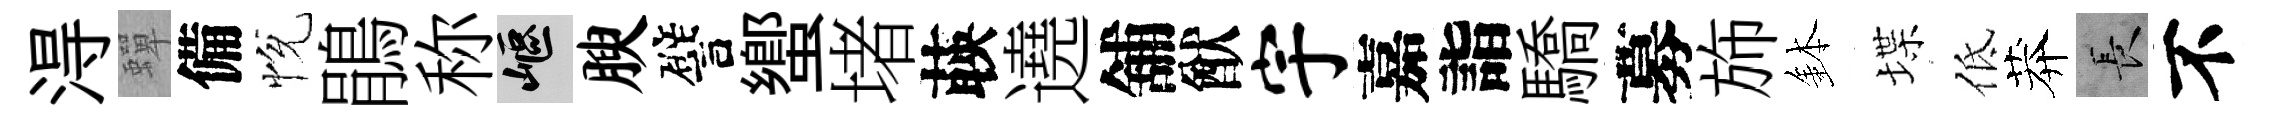
淂蟬備恱鵑称嶇腴譬蠁堵𦴤遶舖猷宇嘉詣驕募斾鉢堞低莽长不